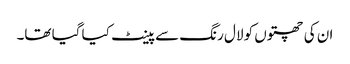
ان کی چھتوں کو لال رنگ سے پینٹ کیا گیا تھا۔